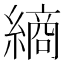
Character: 𮉀